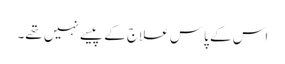
اس کے پاس علاج کے پیسے نہیں تھے۔